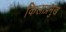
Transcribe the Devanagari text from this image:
किलाप्रमुख